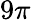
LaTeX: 9\pi